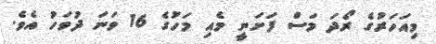
މިއަހަރުގެ ރޯދަ މަސް ފަށަނީ މެއި މަހުގެ 16 ވަނަ ދުވަހު އެވެ.